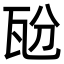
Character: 瓰